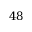
4 8